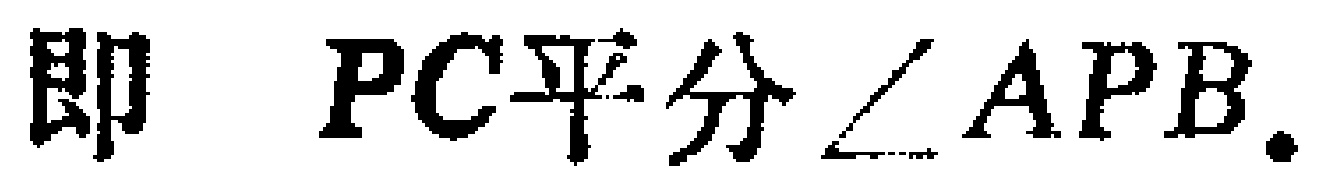
即 \(PC\)平分\(\angle APB\).